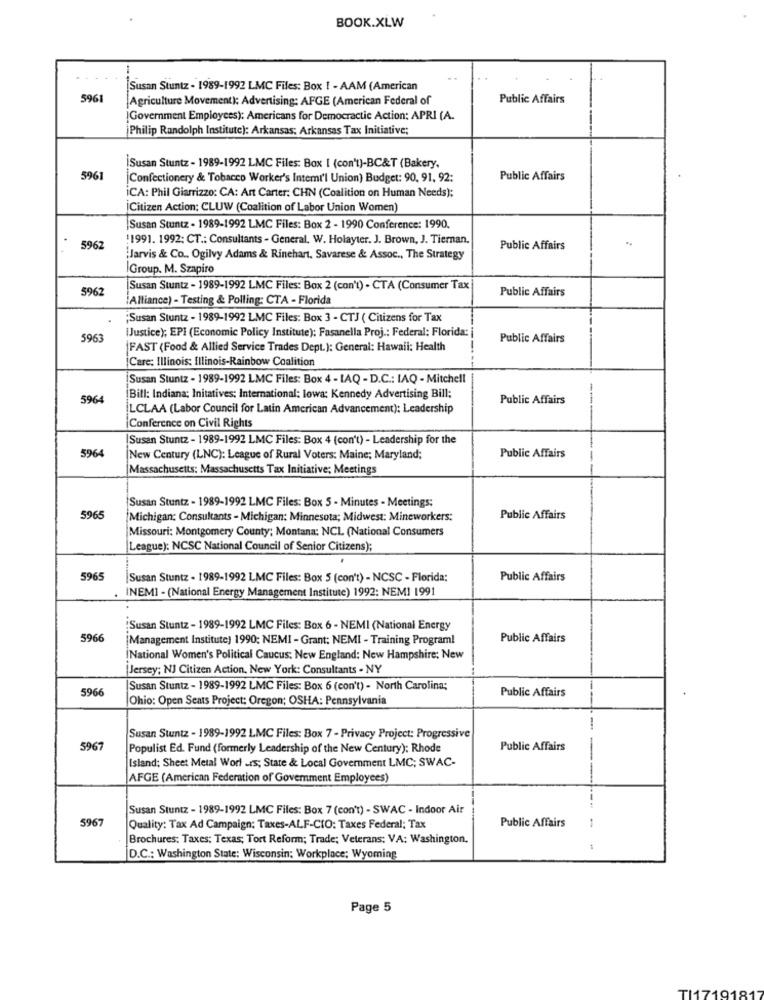
BOOK.XLW
Susan Stuntz - 1989-1992 LMC Files: Box 1 - AAM (American
596
[Agriculture Movement): Advertising: AFGE (American Federal of
Public Affairs
[Government Employees): Americans for Democractic Action: APRI (A.
Philip Randolph Institute): Arkansas; Arkansas Tax Initiative;
Susan Stuntz - 1989-1992 LMC Files: Box 1 (con't)-BC&T (Bakery,
5961
[Confectionery & Tobacco Worker's Intemi'l Union) Budget: 90, 91, 92:
Public Affairs
ICA: Phil Giarrizzo: CA: Art Carter: CHN (Coalition on Human Needs);
Citizen Action: CLUW (Coalition of Labor Union Women)
Susan Stuntz - 1989-1992 LMC Files: Box 2 - 1990 Conference: 1990.
1991. 1992; CT .: Consultants - General. W. Holayter. J. Brown, J. Tiernan.
5962
Public Affairs
Jarvis & Co .. Ogilvy Adams & Rinehart, Savarese & Assoc ., The Strategy
Group. M. Szapiro
5962
Susan Stuntz - 1989-1992 LMC Files: Box 2 (con't) - CTA (Consumer Tax
Public Affairs
Alliance) - Testing & Polling: CTA - Florida
;Susan Stuntz - 1989-1992 LMC Files: Box 3 - CTJ ( Citizens for Tax
IJustice); EPI (Economic Policy Institute): Fasanella Proj .: Federal: Florida: i
5963
Public Affairs
|FAST (Food & Allied Service Trades Dept.): General: Hawaii: Health
Care: Illinois: Illinois-Rainbow Coalition
Susan Stuntz - 1989-1992 LMC Files: Box 4 - LAQ - D.C .: IAQ - Mitchell
5964
Bill: Indiana; Initatives; International; lowa: Kennedy Advertising Bill;
Public Affairs
ILCLAA (Labor Council for Latin American Advancement): Leadership
Conference on Civil Rights
Susan Stuntz - 1989-1992 LMC Files: Box 4 (con't) - Leadership for the
5964
New Century (LNC): League of Rural Voters: Maine; Maryland;
Public Affairs
Massachusetts: Massachusetts Tax Initiative; Meetings
Susan Stuntz - 1989-1992 LMC Files: Box 5 - Minutes - Meetings;
5965
Michigan: Consultants - Michigan: Minnesota; Midwest: Mineworkers:
Public Affairs
Missouri: Montgomery County; Montana; NCL (National Consumers
League): NCSC National Council of Senior Citizens);
5965
|Susan Stuntz - 1989-1992 LMC Files: Box 5 (con't) - NCSC - Florida:
Public Affairs
INEMI - (National Energy Management Institute) 1992: NEMI 1991
Susan Stuntz - 1989-1992 LMC Files: Box 6 - NEMI (National Energy
5966
[Management Institute) 1990; NEMI - Grant: NEMI - Training Program!
Public Affairs
National Women's Political Caucus: New England: New Hampshire: New
Jersey; NJ Citizen Action, New York: Consultants - NY
5966
Susan Stuntz - 1989-1992 LMC Files: Box 6 (con't) - North Carolina;
Public Affairs
Ohio: Open Seats Project: Oregon; OSHA: Pennsylvania
Susan Stuntz - 1989-1992 LMC Files: Box 7 - Privacy Project: Progressive
596
Populist Ed. Fund (formerly Leadership of the New Century): Rhode
Public Affairs
Island: Sheet Metal Worl -rs; State & Local Government LMC; SWAC-
AFGE (American Federation of Government Employees)
Susan Stuntz - 1989-1992 LMC Files: Box 7 (con't) - SWAC - Indoor Air
5967
Public Affairs
Quality: Tax Ad Campaign: Taxes-ALF-CIO: Taxes Federal; Tax
Brochures: Taxes: Texas; Tort Reform; Trade; Veterans: VA: Washington.
D.C .: Washington State: Wisconsin; Workplace; Wyoming
Page 5
TI171918